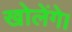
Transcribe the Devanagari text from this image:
खोलेंगे।